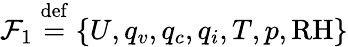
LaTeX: \mathcal{F}_{1}\overset{\mathrm{def}}{=}\{ U,q_{v},q_{c},q_{i},T,p,\mathrm{RH}\}